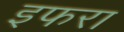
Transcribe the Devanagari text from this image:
इफरा